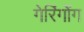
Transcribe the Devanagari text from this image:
गेरिंगोंग